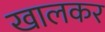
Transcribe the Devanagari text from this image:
खालकर